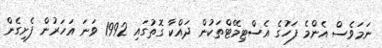
ނަމަވެސް އެންމެ ފަހުގެ އެސްޓިމޭޓްތަކުން ދައްކާ ގޮތުގައި 1992 ވަނަ އަހަރުން ފެށިގެން